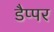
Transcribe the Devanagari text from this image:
डैप्पर